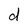
Character: d